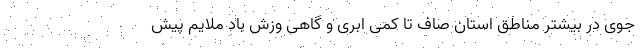
جوی در بیشتر مناطق استان صاف تا کمی ابری و گاهی وزش باد ملایم پیش